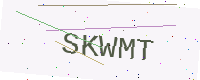
Text: SKWMT